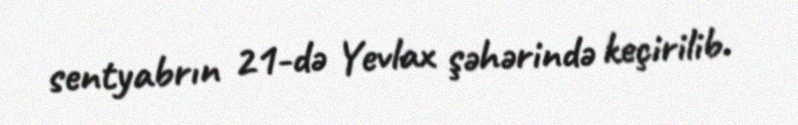
sentyabrın 21-də Yevlax şəhərində keçirilib.